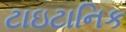
ટાઇટાનિક